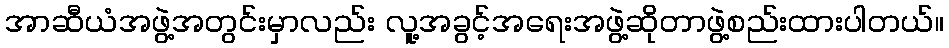
အာဆီယံအဖွဲ့အတွင်းမှာလည်း လူ့အခွင့်အရေးအဖွဲ့ဆိုတာဖွဲ့စည်းထားပါတယ်။